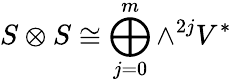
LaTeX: S\otimes S\cong\bigoplus_{j=0}^{m}\wedge^{2j}V^{*}